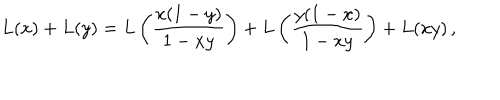
L ( x ) + L ( y ) = L \left( \frac { x ( 1 - y ) } { 1 - x y } \right) + L \left( \frac { y ( 1 - x ) } { 1 - x y } \right) + L ( x y ) \, ,